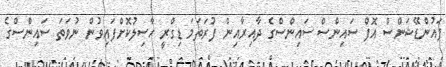
ފައުންޑޭޝަންސް އޮފް ސައިންސް ސައިންސްގެ ދާއިރާއިން ފުރަތަމަ ޑިގްރީ ހާސިލުކޮށްފައިވުން ނުވަތަ ސައިންސްގެ